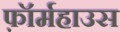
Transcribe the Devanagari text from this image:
फ़ॉर्महाउस